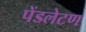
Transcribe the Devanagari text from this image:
पेंडलेटण